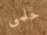
حلمى